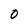
Character: 0